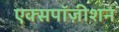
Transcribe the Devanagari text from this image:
एक्सपॉज़ीशन